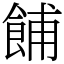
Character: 餔